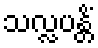
သလ္လပန္တိံ